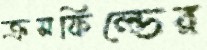
ক্রসফিল্ডের